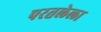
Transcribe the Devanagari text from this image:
परतलेला